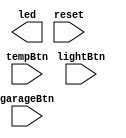
`timescale 1ns / 1ps
//////////////////////////////////////////////////////////////////////////////////
// Company: 
// Engineer: 
// 
// Design Name: 
// Module Name: homeAutoCtrlFSM
// Project Name: 
// Target Devices: 
// Tool Versions: 
// Description: 
// 
// Dependencies: 
// 
// Revision:
// Revision 0.01 - File Created
// Additional Comments:
// 
//////////////////////////////////////////////////////////////////////////////////


module homeAutoCtrlFSM(
    input garageBtn,
    input lightBtn,
    input tempBtn,
    output [2:0] led,
    input reset
    );
endmodule